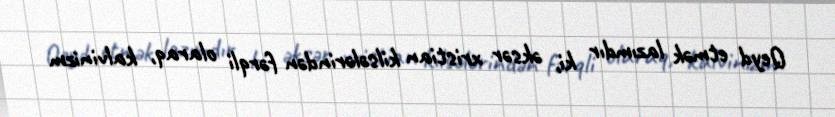
Qeyd etmək lazımdır ki, əksər xristian kilsələrindən fərqli olaraq, kalvinizm